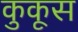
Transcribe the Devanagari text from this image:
कुकूस